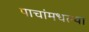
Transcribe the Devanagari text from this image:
पाचांमधल्या